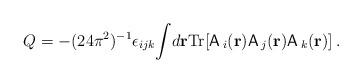
LaTeX: \begin{align*}Q=-(24{\pi}^2)^{-1}{\epsilon}_{ijk}{\int}d{\bf{r}}\mbox{Tr}[{\sf A}\,_i({\bf{r}}){\sf A}\,_j({\bf{r}}){\sf A}\,_k({\bf{r}})]\,.\end{align*}